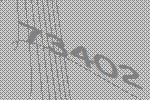
73402